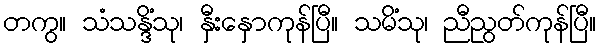
တကွ။ သံသန္ဒိံသု၊ နှီးနှောကုန်ပြီ။ သမိံသု၊ ညီညွတ်ကုန်ပြီ။